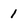
Character: 1